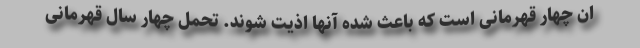
ان چهار قهرمانی است که باعث شده آنها اذیت شوند. تحمل چهار سال قهرمانی